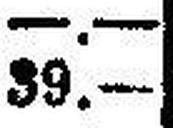
39.—